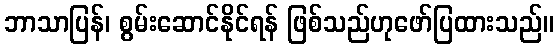
ဘာသာပြန်၊ စွမ်းဆောင်နိုင်ရန် ဖြစ်သည်ဟုဖော်ပြထားသည်။